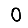
Digit: 0